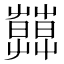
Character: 𦿑